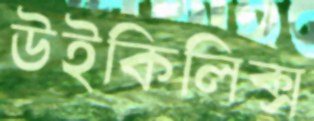
উইকিলিক্স